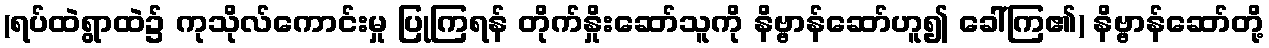
(ရပ်ထဲရွာထဲ၌ ကုသိုလ်ကောင်းမှု ပြုကြရန် တိုက်နှိုးဆော်သူကို နိဗ္ဗာန်ဆော်ဟူ၍ ခေါ်ကြ၏) နိဗ္ဗာန်ဆော်တို့